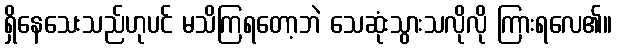
ရှိနေသေးသည်ဟုပင် မသိကြရတော့ဘဲ သေဆုံးသွားသလိုလို ကြားရလေ၏။